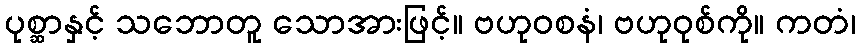
ပုစ္ဆာနှင့် သဘောတူ သောအားဖြင့်။ ဗဟုဝစနံ၊ ဗဟုဝုစ်ကို။ ကတံ၊